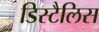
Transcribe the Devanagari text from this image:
डिस्टैलिस